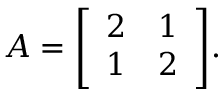
A = { \left[ \begin{array} { l l } { 2 } & { 1 } \\ { 1 } & { 2 } \end{array} \right] } .